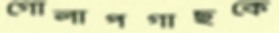
গোলাপগাছকে